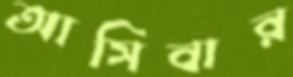
আসিবার